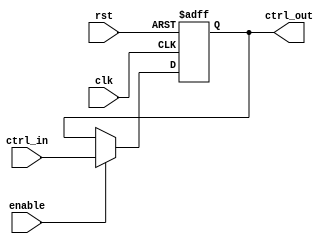
module ControlRegister (
    input wire clk,                // Clock signal
    input wire rst,                // Asynchronous reset signal
    input wire enable,             // Enable signal for control register updates
    input wire [N-1:0] ctrl_in,    // Control inputs (N bits wide)
    output reg [N-1:0] ctrl_out     // Control outputs (N bits wide)
);
    parameter N = 8;               // Width of the control register

    // Asynchronous reset and clocked behavior
    always @(posedge clk or posedge rst) begin
        if (rst) begin
            ctrl_out <= {N{1'b0}};   // Reset to all zeros
        end else if (enable) begin
            ctrl_out <= ctrl_in;     // Update control register with control inputs
        end
        // If enable is low, retain previous state
    end

endmodule